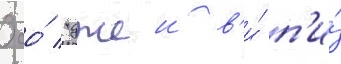
Ооо́ "джеи в'и́ п'и́